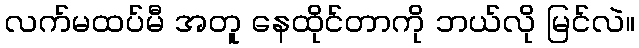
လက်မထပ်မီ အတူ နေထိုင်တာကို ဘယ်လို မြင်လဲ။